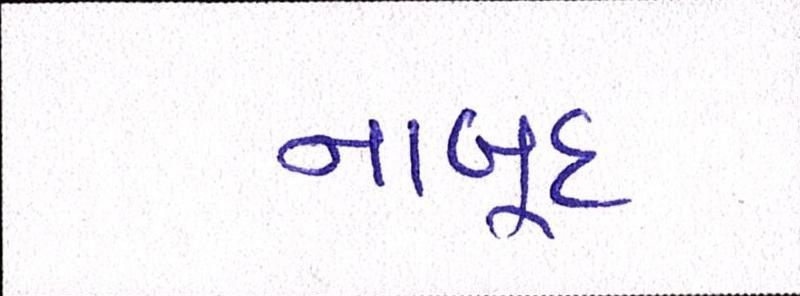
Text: નાબૂદ